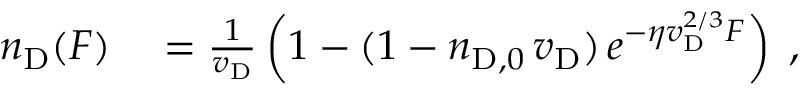
\begin{array} { r l } { n _ { \mathrm { D } } ( F ) } & { { } = \frac { 1 } { v _ { \mathrm { D } } } \left( 1 - ( 1 - n _ { \mathrm { D } , 0 } \, v _ { \mathrm { D } } ) \, e ^ { - \eta v _ { \mathrm { D } } ^ { 2 / 3 } F } \right) \; , } \end{array}